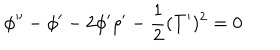
LaTeX: \phi ^ { \prime \prime } - \phi ^ { \prime } - 2 \phi ^ { \prime } \rho ^ { \prime } - \frac { 1 } { 2 } ( T ^ { \prime } ) ^ { 2 } = 0